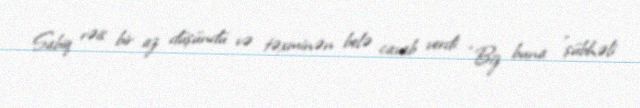
Sabiq rəis bir az düşündü və təxminən belə cavab verdi: “Biz buna ”şübhəli